Vaccination North-Western Provinces and Oudh 1896-1901 - 1896-1901
Year: 1896
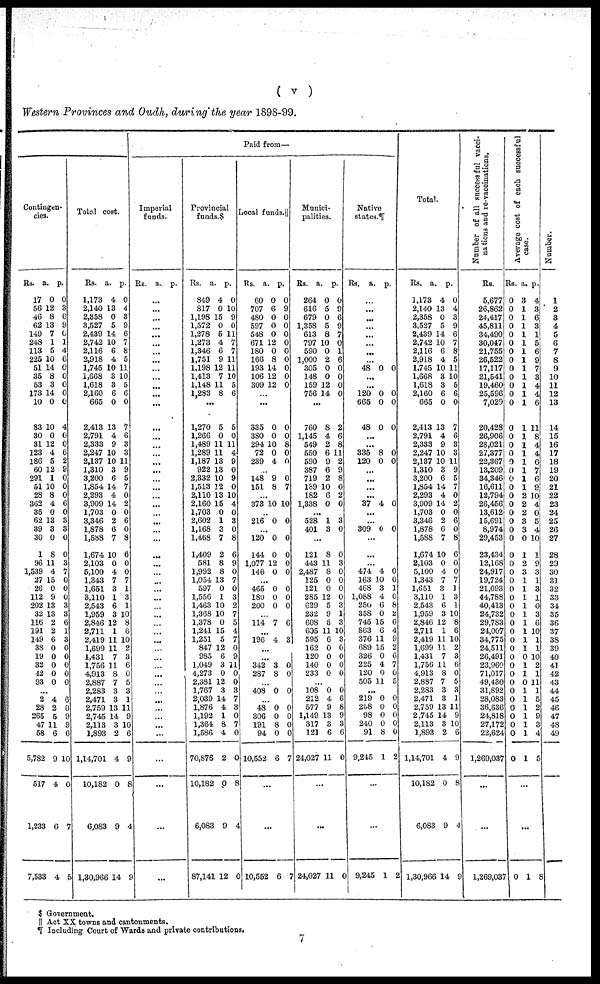
( v )
Western Provinces and Oudh, during the year 1898-99.
Paid from—
Contingen-
cies.
Rs.
17
56
46
62
149
248
113
225
51
35
53
173
10
83
30
31
123
186
60
291
51
28
362
35
62
39
30
1
96
1,539
27
26
112
202
32
116
191
149
38
19
32
42
93
a.
0
12
8
13
7
1
5
10
14
8
3
14
0
10
0
12
4
5
12
1
10
8
4
0
13
3
0
8
11
4
15
0
9
13
13
2
2
6
0
0
0
0
0
p.
0
3
6
9
0
1
4
6
0
0
0
0
0
4
0
0
6
2
9
0
0
0
6
0
3
3
0
0
3
7
0
0
0
3
3
6
1
3
0
0
0
0
0
...
2
28
265
47
58
5,782
517
1,233
7,533
4
2
5
11
6
9
4
6
4
6
0
9
9
6
10
0
7
5
Total cost.
Rs.
1,173
2,140
2,358
3,527
2,439
2,742
2,116
2,918
1,745
1,668
1,618
2,160
665
2,413
2,791
2,333
2,247
2,137
1,310
3,200
1,854
2,293
3,909
1,703
3,346
1,878
1,588
1,674
2,103
5,100
1,343
1,651
3,110
2,543
1,959
2,846
2,711
2,419
1,699
1,431
1,756
4,913
2,887
2,283
2,471
2,759
2,745
2,113
l,893
1,14,701
10,182
6,083
1,30,966
a.
4
13
0
5
14
10
6
4
10
3
3
6
0
13
4
9
10
10
3
6
14
4
14
0
2
6
7
10
0
4
7
3
1
6
3
12
1
11
11
7
11
8
7
3
3
13
14
3
2
4
0
9
14
p.
0
4
3
9
6
7
8
5
11
10
5
6
0
7
6
3
3
11
9
5
7
0
2
0
6
0
8
6
0
0
7
1
3
1
10
8
6
10
2
3
6
0
5
3
1
11
9
10
6
9
8
4
9
Imperial
funds.
Rs. a. p.
...
...
...
...
...
...
...
...
...
...
...
...
...
...
...
...
...
...
...
...
...
...
...
...
...
...
...
...
...
...
...
...
...
...
...
...
...
...
...
...
...
...
...
...
...
...
...
...
...
...
...
...
...
Provincial
funds.
Rs.
849
817
1,198
1,572
1,278
1,273
1,346
1,751
1,198
1,413
1,148
1,283
a.
4
0
15
0
5
4
6
9
12
7
11
8
p.
0
10
9
0
11
7
7
11
11
10
5
6
...
1,270
1,266
1,489
1,289
1,187
922
2,332
1,513
2,110
2,160
1,703
2,602
1,168
1,468
1,409
581
1,992
1,054
597
1,556
1,463
1,368
1,378
1,241
1,251
847
985
1,049
4,273
2,381
1,767
2,039
1,876
1,192
1,364
1,586
70,876
10,182
6,083
87,141
5
0
11
11
13
13
10
12
13
15
0
1
3
7
2
8
8
13
0
1
10
10
0
15
5
12
6
3
0
12
3
14
4
1
8
4
2
0
9
12
5
0
11
4
9
0
9
0
10
4
0
3
0
8
6
9
0
7
0
3
2
7
5
4
7
0
9
11
0
0
3
7
3
0
7
0
0
8
4
0
Local funds.
Rs.
60
707
480
597
548
671
180
166
193
106
309
a.
0
6
0
0
0
12
0
8
14
12
12
p.
0
9
0
0
0
0
0
0
0
0
0
...
...
335
380
294
72
239
0
0
10
0
4
0
0
8
0
0
...
148
151
9
8
0
7
...
373 10 10
...
216 0 0
...
120
144
1,077
146
0
0
12
0
0
0
0
0
...
465
180
200
0
0
0
0
0
0
...
114 7 6
...
196 4 3
...
...
342
287
3
8
0
0
...
408 0 0
...
48
306
191
94
10,552
0
0
8
0
6
0
0
0
0
7
...
...
10,552 6
7
Munici-
palities.
Rs.
264
616
679
1,358
613
797
590
1,000
305
148
159
756
a.
0
5
0
5
8
10
0
2
0
0
12
14
p.
0
9
6
9
7
0
1
6
0
0
0
0
...
760
1,145
549
550
590
387
719
189
182
1,338
8
4
2
6
9
6
2
10
6
0
2
6
8
11
2
9
8
0
2
0
...
528
401
1
3
3
0
...
121
443
2,487
125
121
285
629
232
608
605
595
162
120
140
233
8
11
8
0
0
12
5
9
5
11
6
0
0
0
0
0
3
0
0
0
0
3
1
3
10
3
0
0
0
0
...
108
212
577
1,149
317
121
24,027
0
4
9
13
3
6
11
0
6
8
9
3
6
0
...
...
24,027 11 0
Native
states.¶
Rs.
a. p.
...
...
...
...
...
...
...
...
48 0 0
...
...
120
665
48
0
0
0
0
0
0
...
...
335
120
8
0
0
0
...
...
...
...
37 4 0
...
...
309 0 0
...
...
...
474
163
468
1,088
250
358
745
863
376
689
326
225
120
505
4
10
3
4
6
0
15
6
11
15
0
4
0
11
0
0
1
0
8
2
6
4
9
2
6
7
0
5
...
219
258
98
240
91
9,245
0
0
0
0
8
1
0
0
0
0
0
2
...
...
9,245 1
2
Total.
Rs.
1,173
2,140
2,358
3,527
2,439
2,742
2,116
2,918
1,745
1,668
1,618
2,160
665
2,413
2,791
2,333
2,247
2,137
1,310
3,200
1,854
2,293
3,909
1,703
3,346
1,878
1,588
1,674
2,103
5,100
1,343
1,651
3,110
2,543
1,959
2,846
2,711
2,419
1,699
1,431
1,756
4,913
2,887
2,283
2,471
2,759
2,745
2,113
1,893
1,14,701
10,182
6,083
1,30,966
a.
4
13
0
5
14
10
6
4
10
3
3
6
0
13
4
9
10
10
3
6
14
4
14
0
2
6
7
10
0
4
7
3
1
6
3
12
1
11
11
7
11
8
7
3
3
13
14
3
2
4
0
9
14
p.
0
4
3
9
6
7
8
5
11
10
5
6
0
7
6
3
3
11
9
5
7
0
2
0
6
0
8
6
0
0
7
1
3
1
10
8
6
10
2
3
6
0
5
3
1
11
9
10
6
9
8
4
9
Number of all successful vacci-
nations and re-vaccinations.
Rs.
5,677
26,862
24,417
45,811
34,490
30,047
21,755
26,522
17,117
21,541
19,460
25,596
7,029
20,428
26,906
28,021
27,377
22,367
13,209
34,346
16,611
12,794
26,456
13,612
15,691
8,974
29,453
23,434
12,168
24,917
19,724
21,093
44,788
40,413
24,732
29,783
24,007
34,775
24,511
26,491
23,960
71,017
49,430
31,892
28,083
36,636
24,818
27,172
22,624
1,269,037
...
...
1,269,037
Average cost of each successful
case.
Rs.
0
0
0
0
0
0
0
0
0
0
0
0
0
0
0
0
0
0
0
0
0
0
0
0
0
0
0
0
0
0
0
0
0
0
0
0
0
0
0
0
0
0
0
0
0
0
0
0
0
0
a.
3
1
1
1
1
1
1
1
1
1
1
1
1
1
1
1
1
1
1
1
1
2
2
2
3
3
0
1
2
3
1
1
1
1
1
1
1
1
1
0
1
1
0
1
1
1
1
1
1
1
p.
4
3
6
3
1
5
6
9
7
3
4
4
6
11
8
4
4
6
7
6
9
10
4
0
5
4
10
1
9
3
1
3
1
0
3
6
10
1
1
10
2
1
11
1
5
2
9
3
4
5
...
...
0 1 8
Number.
1
2
3
4
5
6
7
8
9
10
11
12
13
14
15
16
17
18
19
20
21
22
23
24
25
26
27
28
29
30
31
32
33
34
35
36
37
38
39
40
41
42
43
44
45
46
47
48
49
$ Government.
|| Act XX towns and cantonments.
¶ Including Court of Wards and private contributions.
7